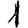
Digit: 1